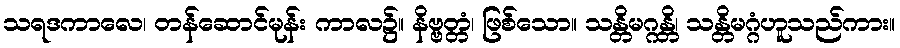
သရဒကာလေ၊ တန်ဆောင်မုန်း ကာလ၌။ နိဗ္ဗတ္တံ၊ ဖြစ်သော။ သန္တိမဂ္ဂန္တိ၊ သန္တိမဂ္ဂံဟူသည်ကား။